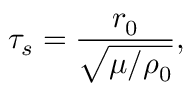
\tau _ { s } = \frac { r _ { 0 } } { \sqrt { \mu / \rho _ { 0 } } } ,